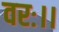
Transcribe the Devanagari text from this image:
वरः।।